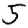
Digit: 5